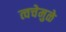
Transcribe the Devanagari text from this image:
त्वचेमुळे